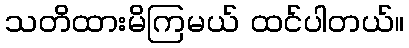
သတိထားမိကြမယ် ထင်ပါတယ်။